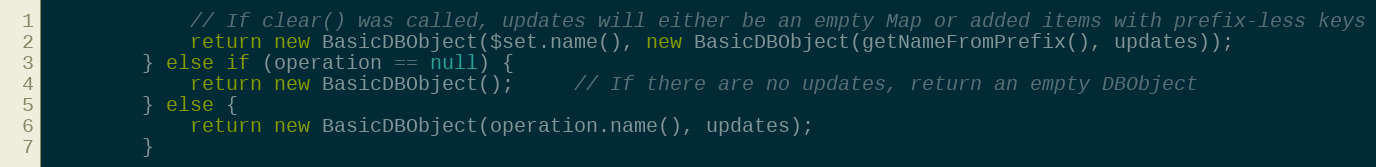
Language: Java
            // If clear() was called, updates will either be an empty Map or added items with prefix-less keys
            return new BasicDBObject($set.name(), new BasicDBObject(getNameFromPrefix(), updates));
        } else if (operation == null) {
            return new BasicDBObject();     // If there are no updates, return an empty DBObject
        } else {
            return new BasicDBObject(operation.name(), updates);
        }